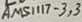
Text: AMS1117-3,3